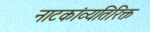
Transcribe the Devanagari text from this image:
नाटकांव्यतिरिक्त